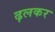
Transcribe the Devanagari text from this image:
ढ़लकर